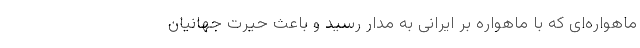
ماهواره‌ای که با ماهواره بر ایرانی به مدار رسید و باعث حیرت جهانیان